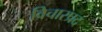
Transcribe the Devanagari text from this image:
विचारप्रद